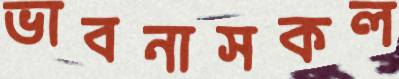
ভাবনাসকল